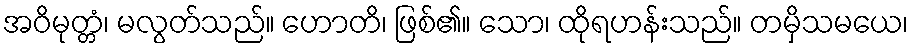
အဝိမုတ္တံ၊ မလွတ်သည်။ ဟောတိ၊ ဖြစ်၏။ သော၊ ထိုရဟန်းသည်။ တမှိသမယေ၊